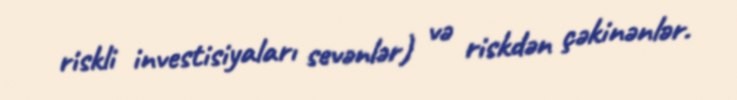
riskli investisiyaları sevənlər) və riskdən çəkinənlər.